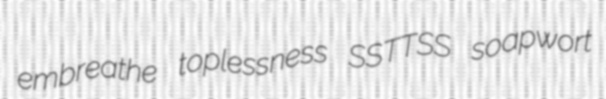
embreathe toplessness SSTTSS soapwort